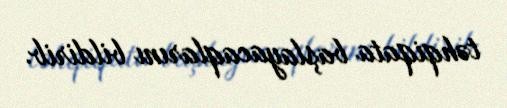
təhqiqata başlayacaqlarını bildirib.